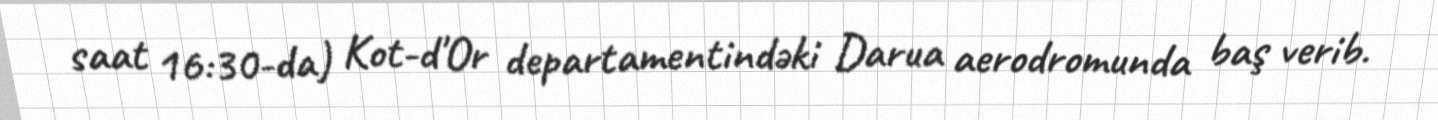
saat 16:30-da) Kot-d'Or departamentindəki Darua aerodromunda baş verib.